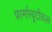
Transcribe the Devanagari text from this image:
फार्मास्यूटीकल्स